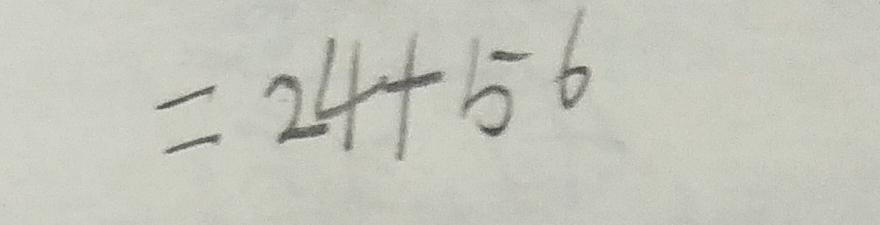
= 2 4 + 5 6